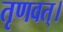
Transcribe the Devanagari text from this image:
तृणवत्।